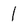
Character: l